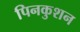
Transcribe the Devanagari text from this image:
पिनकुशन